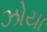
ઝોયા